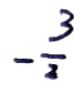
$-\frac{3}{2}$